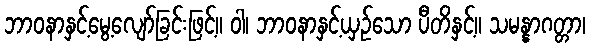
ဘာဝနာနှင့်မွေ့လျော်ခြင်းဖြင့်။ ဝါ၊ ဘာဝနာနှင့်ယှဉ်သော ပီတိနှင့်။ သမန္နာဂတ္တာ၊